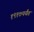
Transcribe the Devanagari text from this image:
१९१७पर्यंत